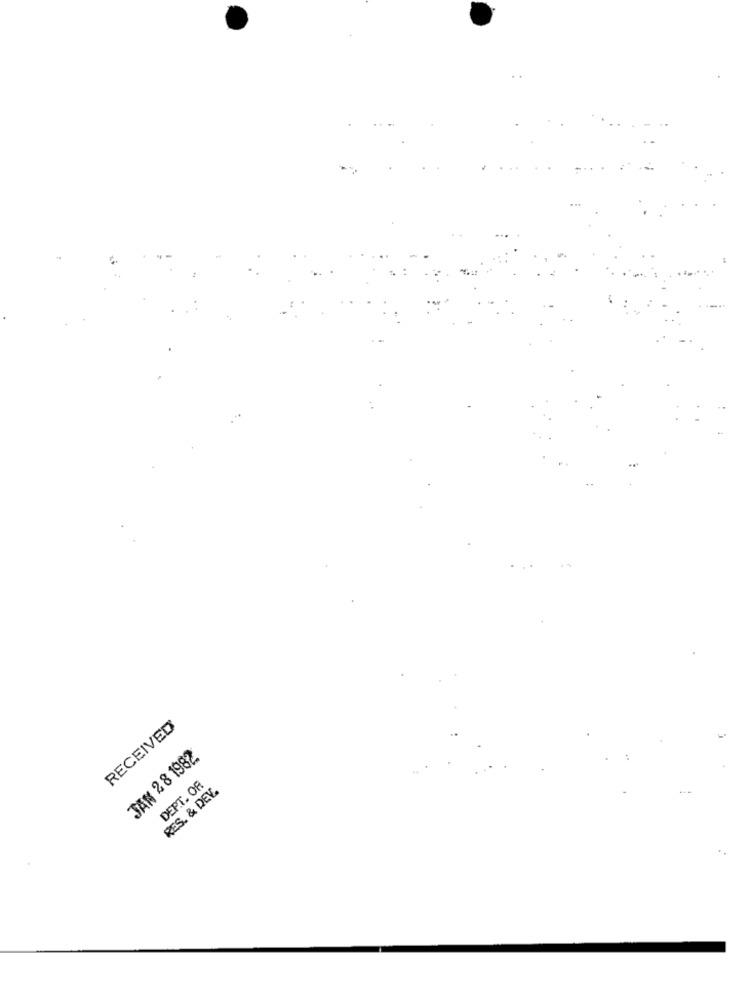
RECEIVED
JAN 2 8 1982
DEPT. OR
RES. & DEV.